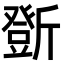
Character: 𣃆